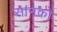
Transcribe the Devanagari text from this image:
सानको